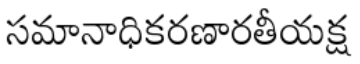
సమానాధికరణారతీయక్ష